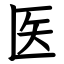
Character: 医